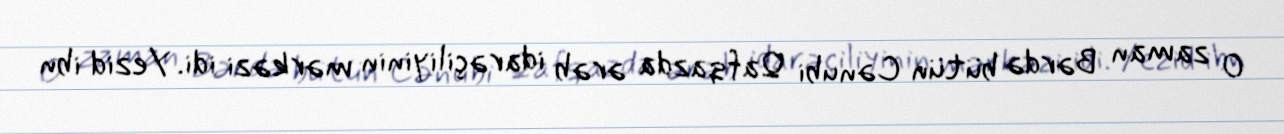
O zaman Bərdə bütün Cənubi Qafqazda ərəb idarəçiliyinin mərkəzi idi. Yezid ibn